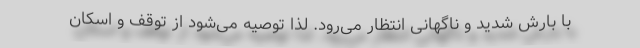
با بارش شدید و ناگهانی انتظار می‌رود. لذا توصیه می‌شود از توقف و اسکان